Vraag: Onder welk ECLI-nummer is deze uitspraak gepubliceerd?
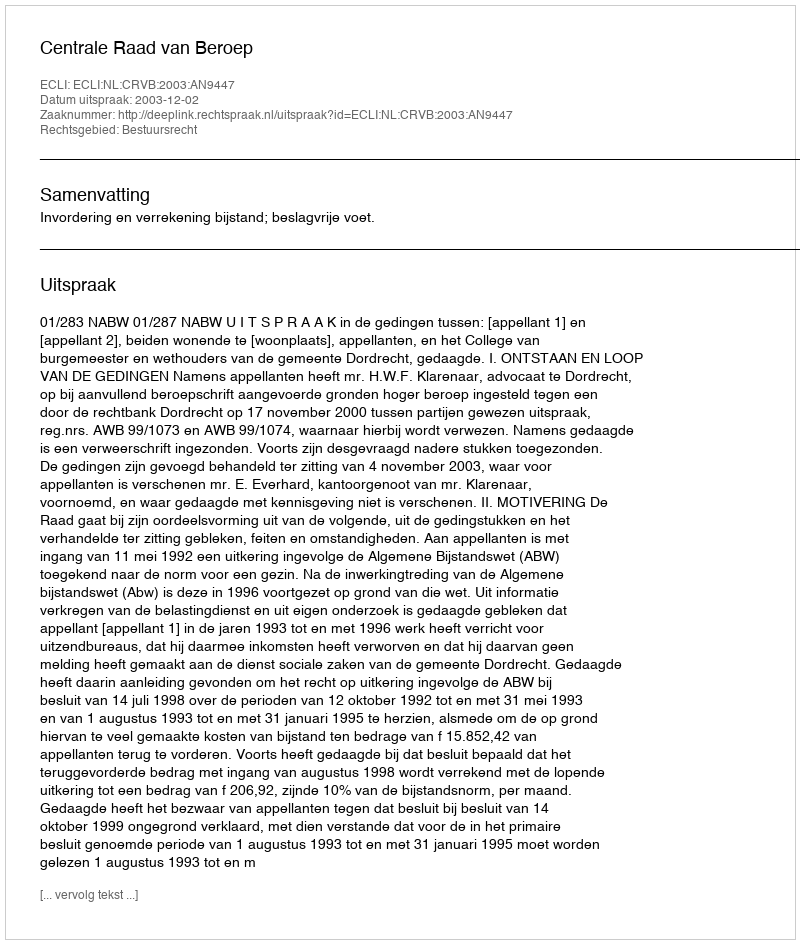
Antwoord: ECLI:NL:CRVB:2003:AN9447